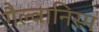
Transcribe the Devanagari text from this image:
गैल्वानिस्म